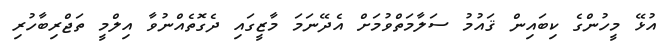
އުޅޭ މީހުންގެ ކިބައިން ޤައުމު ސަލާމަތްވުމަށް އެދޭނަމަ މާޒީގައި ދެގޮތެއްނުވާ އިލްމީ ތަޖްރިބާހުރި